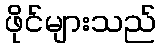
ဖိုင်များသည်